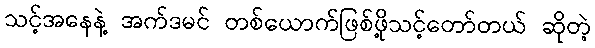
သင့်အနေနဲ့ အက်ဒမင် တစ်ယောက်ဖြစ်ဖို့သင့်တော်တယ် ဆိုတဲ့